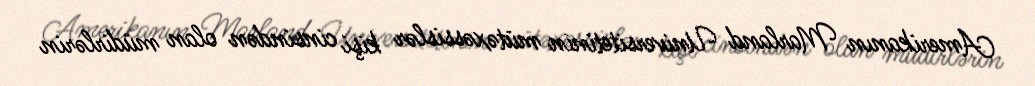
Amerikanın Marland Universitetinin mütəxəssislər kişi cinsindən olan müdirlərin